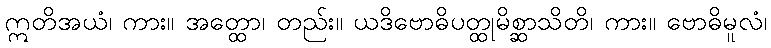
ဣတိအယံ၊ ကား။ အတ္ထော၊ တည်း။ ယဒိဗောဓိပတ္ထုမိစ္ဆာသိတိ၊ ကား။ ဗောဓိမူလံ၊